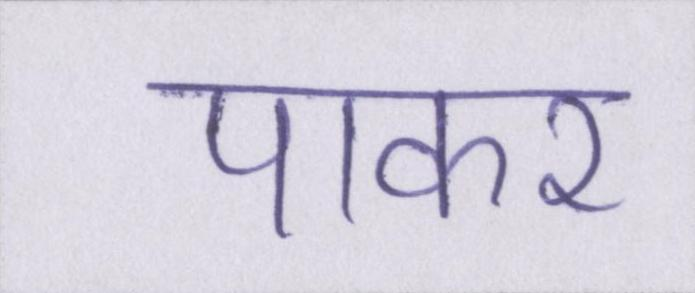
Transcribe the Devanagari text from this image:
पाकर